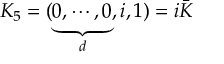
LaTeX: K _ { 5 } = ( \underbrace { 0 , \cdots , 0 } _ { d } , i , 1 ) = i \bar { K }